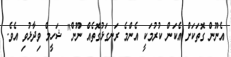
އެނޫން ގޮތަކަށް އެކަން ކުރުމަކީ އެންމެ ރަނގަޅުގޮތެއް ނޫން" ޝަހީމް ވިދާޅުވި އެވެ.